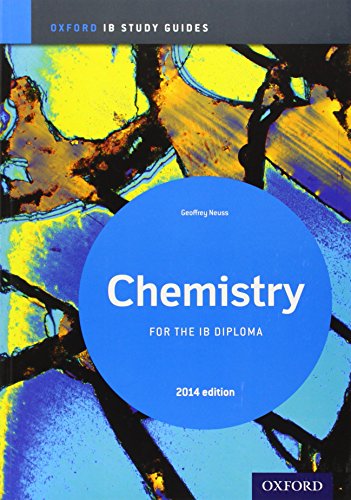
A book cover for IB Chemistry Study Guide: 2014 Edition: Oxford IB Diploma Program; Geoff Neuss; Teen & Young Adult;